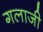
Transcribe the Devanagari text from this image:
गलाजी